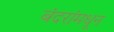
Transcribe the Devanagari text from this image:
बंदरांमधून